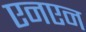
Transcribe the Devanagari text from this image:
एनएन